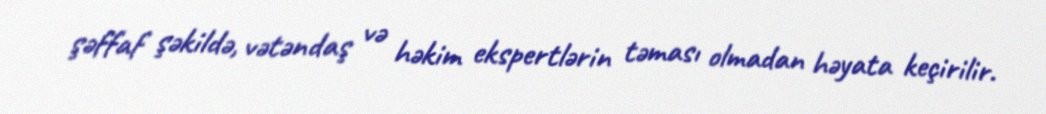
şəffaf şəkildə, vətəndaş və həkim ekspertlərin təması olmadan həyata keçirilir.